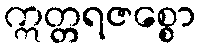
ဣတ္တရဇစ္စော